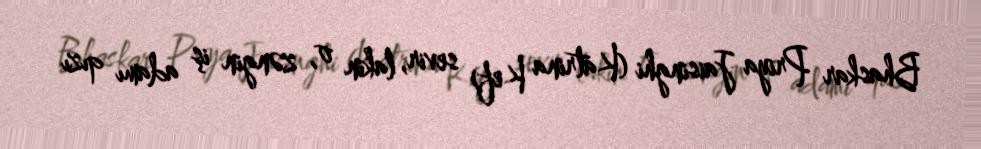
Bhaskar Priya Jaisinghi (Katrina Kef) sevir, lakin o, zəngin iş adamı qızı